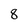
Character: 8